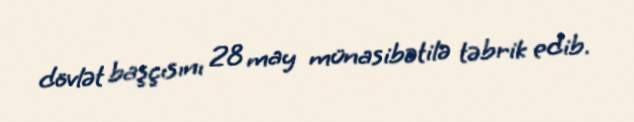
dövlət başçısını 28 may münasibətilə təbrik edib.